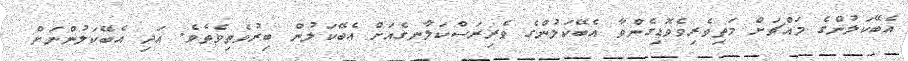
އެބޭކަލުންގެ މައްޗަށް މަތިވެރިވެވޮޑިގެންވާ އެބޭކަލުންގެ ވެރިރަސްކަލާނގެއަށް އެބޭކަލުން ބިރުވެތިވެތެވެ. އަދި އެބޭކަލުންނަށް